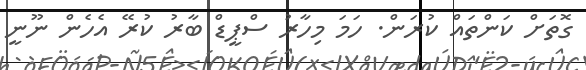
ގޮތަށް ކަންތައް ކުރަން. ހަމަ މިހާރު ސްޕީޑް ބާރު ކުރޭ އެހެން ނޫނީ